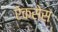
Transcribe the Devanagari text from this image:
ऐकसेस